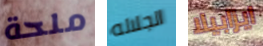
ملحة الجلاله ايزابيلا